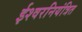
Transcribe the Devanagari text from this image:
ईश्वरनियंत्रित